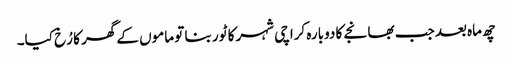
چھ ماہ بعد جب بھانجے کا دوبارہ کراچی شہر کا ٹور بنا تو ماموں کے گھر کا رُخ کیا۔